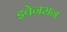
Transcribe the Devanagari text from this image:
इवेनसन